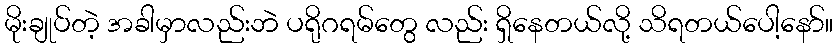
မိုးချုပ်တဲ့ အခါမှာလည်းဘဲ ပရိုဂရမ်တွေ လည်း ရှိနေတယ်လို့ သိရတယ်ပေါ့နော်။